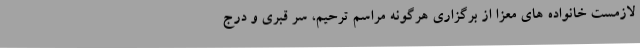
لازمست خانواده های معزا از برگزاری هرگونه مراسم ترحیم، سر قبری و درج